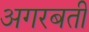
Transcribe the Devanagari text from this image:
अगरबती